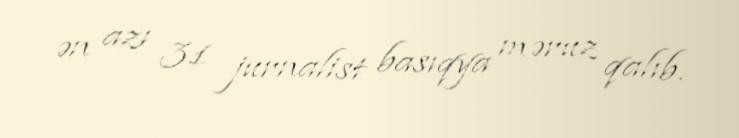
ən azı 31 jurnalist basıqya məruz qalıb.